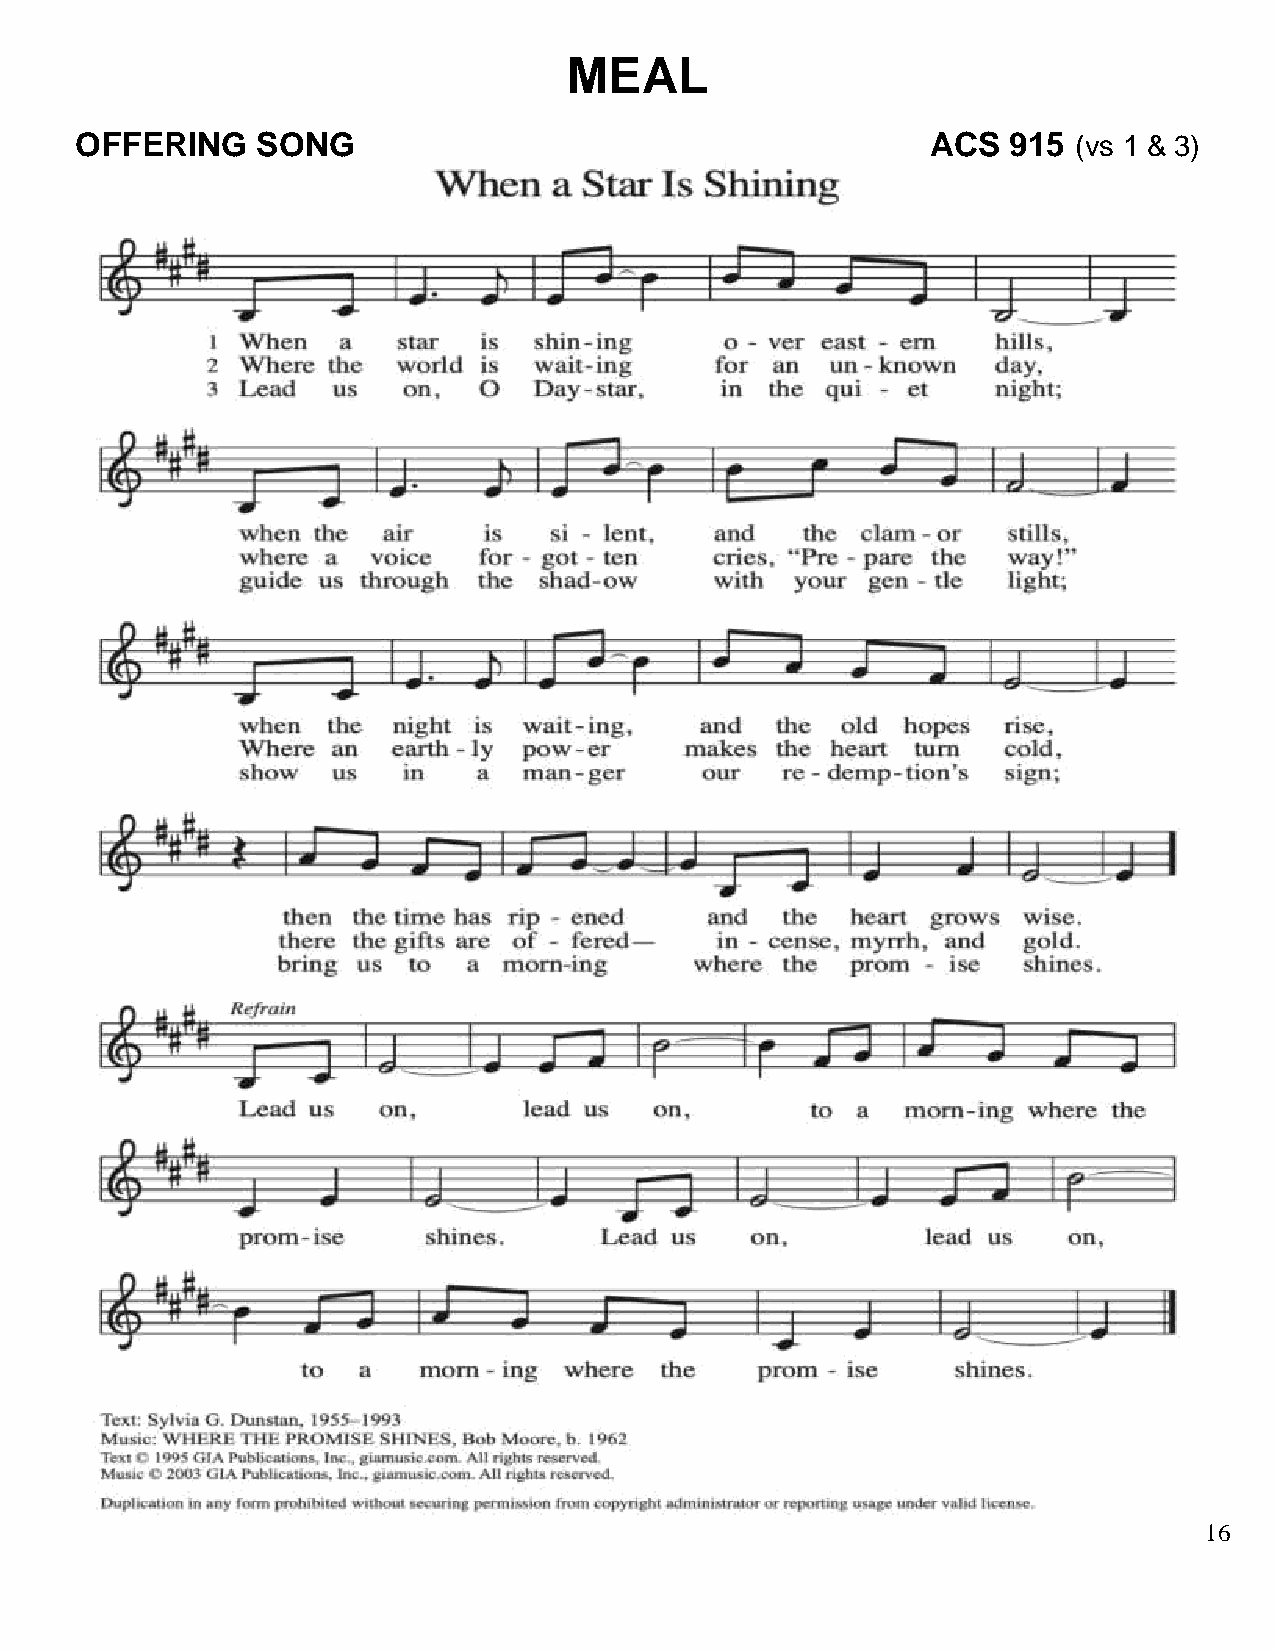
MEAL
 OFFERING    SONG                                         ACS  915 (vs 1 & 3)
 16